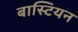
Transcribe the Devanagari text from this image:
बास्टियन